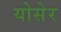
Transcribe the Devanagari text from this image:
योसेर